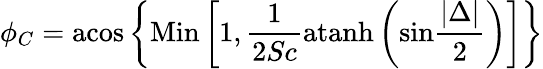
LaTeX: \phi_{C}=\mathrm{acos}\left\{ \mathrm{Min}\left[1,{\frac{1}{2Sc}}\mathrm{atanh}\left(\mathrm{sin}{\frac{|\Delta|}{2}}\right)\right]\right\}